Annual report of the Bengal Veterinary College and of the Civil Veterinary Department, Bengal, for the year 1907-1908 - 1907-1908
Year: 1907
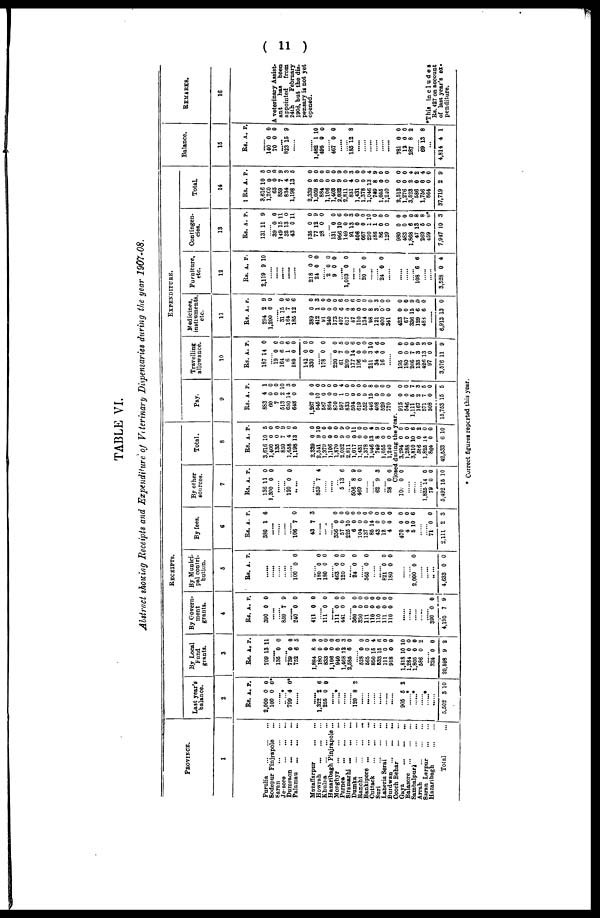
( 11 )
TABLE VI.
Abstract showing Receipts and Expenditure of Veterinary Dispensaries during the year 1907-08.
PROVINCE.
1
Purulia ... ... ...
Sodepur Pinjrapole ...
Saran ... ... ...
Jessore ... ... ...
Dumraon ...
...
...
Palamau ... ... ...
Muzaffarpur ... ...
Howrah ... ... ...
Khulna ... ... ...
Hazaribagh Pinjrapole...
Monghyr ... ... ...
Purnea ... ... ...
Sitamarhi ... ... ...
Dumka ... ... ...
Ranchi ... ... ...
Bankipore ... ... ...
Cuttack ... ... ...
Suri ... ... ...
Laheria Serai ... ...
Burdwan ... ... ...
Cooch Behar ... ...
Gaya ... ... ...
Balasore ... ... ...
Sambalpuri ... ...
Arrah ... ... ...
Saran Larpur ... ...
Hazaribagh ... ...
Total
Last year's
balance.
2
Rs. A. P.
2,000 0 0
100 0 0 0*
...... ......*
799 4 0*
......
...... 1,322 2 6
255 0 0
...... ......*
......
...... 120 8 2
......
......
......
......
......
......
905 5 2
......*
......*
...... ......*
......
5,502 3 10
By Local
Fund
grants.
3
Rs. A. P.
709 13 11
...... 186 0 0
739 0 0
752 6 5
1,884 8 9
180 0 0
833 0 0
1,106 0 0
940 0 0
1,408 12 3
2,585 6 0
...... 528 0 0
565 0 0
850 15 4
533 15 6
111 0 0
918 0 0
1,818 10 10
1,284 0 0
1,805 0 0
586 0 2
...... 824 0 0
20,698 9 2
By Govern-
ment
grants.
4
Rs. A. P.
390 0 0
......
...... 859 7 9
240 0 0
411 0 0
...... 111 0 0
......
111 0 0
441 0 0
...... 360 0 0
830 0 0
111 0 0
110 0 0
110 0 0
111 0 0
110 0 0
......
......
......
......
...... 390 0 0
4,195 7 9
RECEIPTS.
By Munici-
pal contri-
bution.
5
Rs. A. P.
......
......
......
......
...... 100 0 0
...... 180 0 0
180 0 0
...... 463 0 0
120 0 0
...... 24 0 0
...... 565 0 0
......
...... 821 0 0
180 0 0
......
....... 2,000 0 0
......
......
......
4,633 0 0
By fees.
6
Rs. A. P.
380 1 6
......
......
......
...... 106 7 0
43 7 3
......
......
...... 356 0 0
57 0 0
225 10 0
6 0 0
104 0 0
187 0 0
85 14 0
43 0 0
12 0 0
4 0 0
470 0 0
4 0 0
5 10 6
......
...... 71 0 0
2,111 2 3
By other
sources.
7
Rs. A. P.
136 11 0
1,300 0 0
......
...... 120 0 0
......
......
859 7 4
......
......
...... 5 13 6
...... 506 8 9
469 0 0
......
...... 62 9 3
...... 28 0 0
Closed
100 0 0
......
......
...... 1,825 14 0
79 0 0
5,492 15 10
Total.
8
Rs. A. P.
3,616 10 5
1,400 0 0
135 0 0
859 7 9
1,658 4 0
1,198 13 5
2,339 0 0
2,511 9 10
1,379 0 0
1,106 0 0
1,870 0 0
2,032 9 9
2.811 0 0
1,017 0 11
1,431 0 0
1,378 0 0
1,046 13 4
749 8 9
1,055 0 0
1,240 0 0
during the ye
3,294 0 0
1,288 0 0
3,810 10 6
58 0 2
1,825 14 0
864 0 0
42,533 6 10
Pay.
9
Rs. A. P.
883 4 1
60 0 0
7 0 0
513 2 10
630 14 3
648 0 0
1,267 0 0
545 10 0
587 0 0
864 0 0
870 0 0
597 1 4
833 0 0
504 0 0
619 0 0
552 0 0
446 15 8
408 0 0
529 0 0
770 0 0
ar.
915 0 0
546 0 0
1,111 5 7
167 2 8
571 7 5
308 0 0
15,753 15 5
Travelling
allowance.
10
Rs. A. P.
187 14 0
19 0 0
164 6 0
6 1 6
180 0 0
142 0 0
330 0 0
...... 178 0 0
...... 220 0 0
61 7 5
209 0 0
177 14 6
196 0 0
5 0 0
211 3 10
34 4 6
16 0 0
......
195 0 0
180 0 0
206 7 0
133 3 9
426 13 3
97 0 0
3,576 11 9
EXPENDITURE.
Medicines,
instruments
etc.
11
Rs. A. P.
294 2 9
1,200 0 0
...... 31 15 0
164 7 6
185 12 6
389 0 0
412 1 3
91 0 0
240 0 0
173 0 0
407 6 6
617 0 0
67 8 6
110 0 0
134 0 0
98 8 0
121 3 3
400 0 0
341 0 0
423 0 0
67 0 0
336 15 9
129 6 0
488 6 0
......
6,913 13 0
Furniture,
etc.
12
Rs. A. P.
2,119 9 10
......
......
......
......
......
218 0 0
24 0 0
...... 2 0 0
9 0 0
...... 1,003 0 0
......
...... 20 0 0
......
...... 24 0 0
......
......
......
...... 108 6 6
......
......
3,528 0 4
Contingen-
cies.
13
Rs. A. P.
131 11 9
...... 39 0 0
149 15 11
32 13 0
43 0 11
135 0 0
77 12 9
28 0 0
...... 131 0 0
966 10 6
149 0 0
91 13 3
506 0 0
667 0 0
290 1 10
186 1 0
86 0 0
129 0 0
980 0 0
483 0 0
1,868 6 0
47 13 8
269 5 8
459 0 0*
7,947 10 3
Total.
14
Rs. A. P.
3,616 10 5
1,260 0 0
65 0 0
859 7 9
834 4 3
1,198 13 5
2,339 0 0
1,059 8 0
884 0 0
1,106 0 0
1,403 0 0
2,032 9 9
2,811 0 0
831 4 3
1,431 0 0
1,378 0 0
1,046 13 4
749 8 9
1,055 0 0
1,210 0 0
2,513 0 0
1,276 0 0
3,523 2 4
586 0 2
1,756 0 4
864 0 0
37,719 2 9
Balance.
15
Rs. A. P.
140 0 0
70 0 0
823 15 9
...... 1,482 1 10
495 0 0
...... 467 0 0
......
...... 185 12 8
......
......
......
......
......
......
781 0 0
12 0 0
287 8 2
...... 69 13 8
...
4,814 4 1
REMARKS.
16
A veterinary Assist-
ant
has been
appointed
from
24th
February
pensary is not yet
opened.
*This includes
of last year's ex-
penditure.
* Correct figures reported this year.